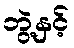
ဘွဲ့နှင့်